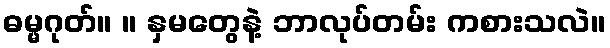
ဓမ္မဂုတ်။ ။ နှမတွေနဲ့ ဘာလုပ်တမ်း ကစားသလဲ။